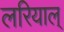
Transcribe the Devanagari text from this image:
लरियाल्